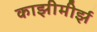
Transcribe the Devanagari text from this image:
काझीमीर्झ